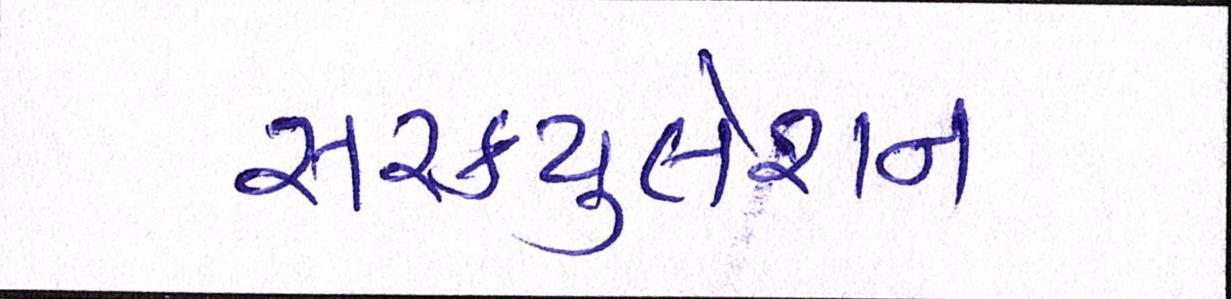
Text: સરકયુલેશન